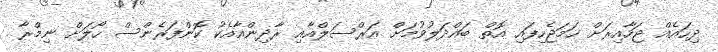
ދިހައެއް ޖަހާއިރަށް ހަމަޖެހިފައި އޮތް ބައްދަލުވުމަށް އަރްސަލްއާއި ރާދިންއާއެކު ކޮންފަރެންސް ހޯލަށް ނިމްރާ